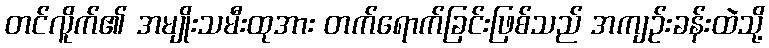
တင်လိူက်၏ အမျိုးသမီးထုအား တက်ရောက်ခြင်းဖြစ်သည် အကျဉ်းခန်းထဲသို့